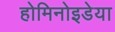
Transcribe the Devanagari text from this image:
होमिनोइडेया